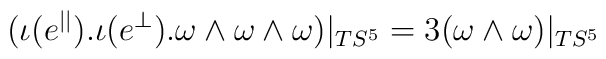
(\iota(e^{||}).\iota(e^{\perp}).\omega\wedge\omega\wedge\omega)|_{TS^5}=3(\omega\wedge\omega)|_{TS^5}